system: You are a helpful assistant.
user:
Analyze the provided spectrum to determine if it is a **Carbon Star (C-type)**.

- **Key Visual Indicators of Carbon Star:**
    - **(Primary):** Strong molecular absorption from **C₂ (diatomic carbon) "Swan Bands."** This is the **defining feature** of a carbon star.
        - **(Key Bandheads):** Sharp absorption edges are visible at approximately $5635$ Å, $5165$ Å (the strongest band), and $4737$ Å.
        - **(Line Profile):** Creates a distinct **"saw-tooth"** pattern. The key morphology is a sharp, steep bandhead on the **red (long-wavelength) side**, which then gradually tapers off (i.e., flux recovers) towards the **blue (short-wavelength) side**. *(This is the direct opposite of the TiO bands seen in M-type stars)*.

    - **(Secondary):** Intense **CN (cyanogen)** molecular absorption bands.
        - **(Key Bandheads):** Located in the blue and violet regions of the spectrum (e.g., near $4215$ Å and $3883$ Å).
        - **(Morphology):** These bands are extremely broad and act as a "blanket," absorbing the vast majority of blue and violet light. This creates a characteristic **"cliff"** or **"steep drop-off"** in the spectrum's flux at short wavelengths.

    - **(Key Confirmation):** Strong **CH absorption band (G-band)**.
        - **(Key Bandhead):** Located around $4300$ Å. The contribution from CH molecules to this band is exceptionally strong.

    - **(Overall Spectrum):**
        - The continuum is severely "chopped up" by these deep molecular bands, especially C₂, rather than appearing as a smooth curve.
        - Due to the heavy CN and C₂ absorption in the blue-green, the vast majority of the star's flux is concentrated in the red part of the spectrum, giving the star its characteristic deep red color.

Think first, call **spectral_visualization_tool** if needed to examine features in detail, then provide your final answer. Your response must adhere to the following strict rules:
1.  **Overall Structure:** Your response must follow the format `<think>...</think> <tool_call>...</tool_call> (if a tool is used) <answer>...</answer>`.
2.  **Tool Usage Constraint:** You may only make **one** tool call per turn.
3.  **Final Answer Format:** In the `<answer>` tag, your conclusion must be inside a `\boxed{}` command (e.g., `\boxed{YES}`), followed by your justification.

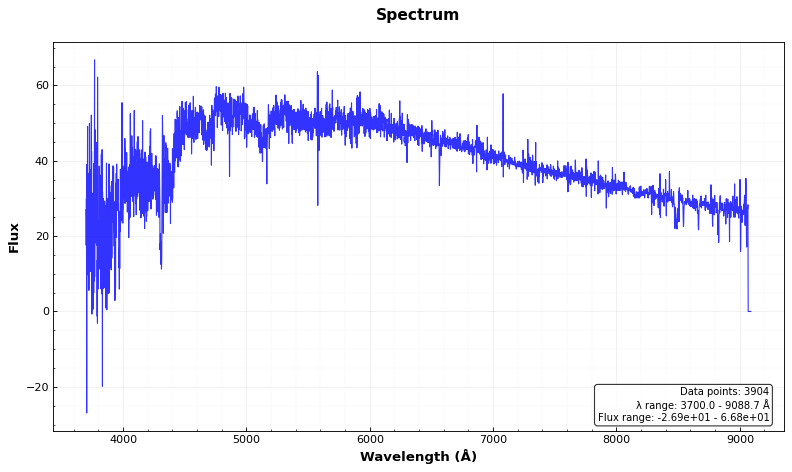
Answer: YES